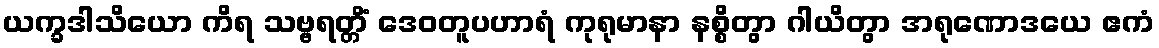
ယက္ခဒါသိယော ကိရ သဗ္ဗရတ္တိံ ဒေဝတူပဟာရံ ကုရုမာနာ နစ္စိတွာ ဂါယိတွာ အရုဏောဒယေ ဧကံ